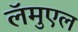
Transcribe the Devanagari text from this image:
लॅमुएल